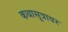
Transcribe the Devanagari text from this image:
कथासूत्रावर